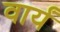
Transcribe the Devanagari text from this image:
वार्यं